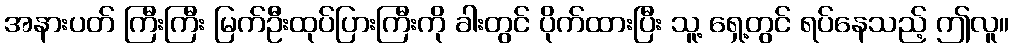
အနားပတ် ကြီးကြီး မြက်ဦးထုပ်ပြားကြီးကို ခါးတွင် ပိုက်ထားပြီး သူ့ ရှေ့တွင် ရပ်နေသည့် ဤလူ။